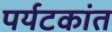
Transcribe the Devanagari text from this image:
पर्यटकांत